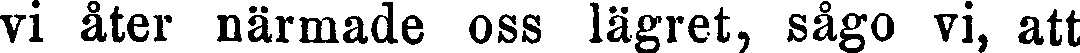
vi åter närmade oss lägret, sågo vi, att